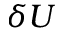
\delta U